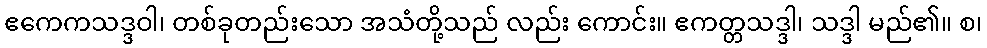
ဧကေကသဒ္ဒဝါ၊ တစ်ခုတည်းသော အသံတို့သည် လည်း ကောင်း။ ဧကတ္တသဒ္ဒါ၊ သဒ္ဒါ မည်၏။ စ၊